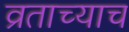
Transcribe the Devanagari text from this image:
व्रताच्याच